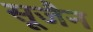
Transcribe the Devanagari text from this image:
सूजैन